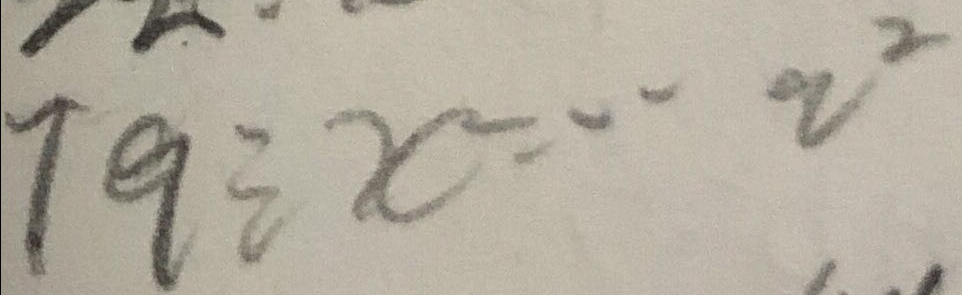
7 9 \div x \cdot 2 ^ { 2 }